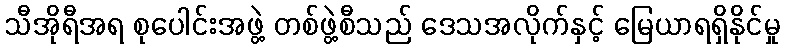
သီအိုရီအရ စုပေါင်းအဖွဲ့ တစ်ဖွဲ့စီသည် ဒေသအလိုက်နှင့် မြေယာရရှိနိုင်မှု